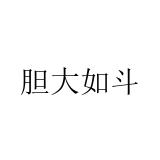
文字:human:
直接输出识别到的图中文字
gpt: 胆大如斗